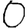
Digit: 0